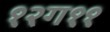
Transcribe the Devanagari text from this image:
१२ग११